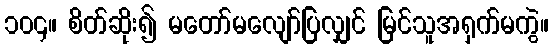
၁၀၄။ စိတ်ဆိုး၍ မတော်မလျော်ပြလျှင် မြင်သူအရှက်မကွဲ။